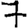
Digit: 7